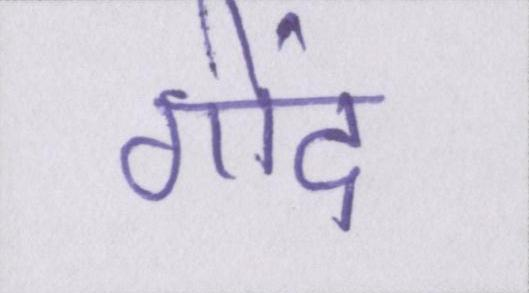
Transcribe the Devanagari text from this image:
गोंद